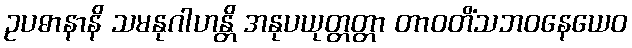
ဥပဓာနာနိ သမနုဂါဟန္တိ အနုပယုတ္တတ္တာ တာဝတိံသဘဝနေယေဝ